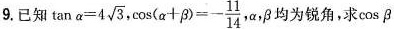
9.已知$$\tan α = 4 \sqrt { 3 }$$，$$\cos